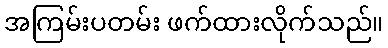
အကြမ်းပတမ်း ဖက်ထားလိုက်သည်။